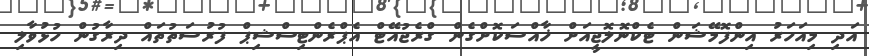
އަދި މިއަހަރު އިންފޮމޭޝަން ޓެކްނޮލޮޖީއަށް ޚާއްސަކޮށްގެން ގްރެޖުއޭޓް އެޕްރެންޓިސްޝިޕް ފުރުސަތުތައް ދިރާގުން ހުޅުވާލި